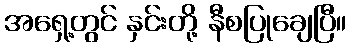
အရှေ့တွင် နှင်းတို့ နီစပြုချေပြီ။